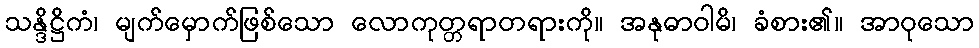
သန္ဒိဋ္ဌိကံ၊ မျက်မှောက်ဖြစ်သော လောကုတ္တရာတရားကို။ အနုဓာဝါမိ၊ ခံစား၏။ အာဝုသော